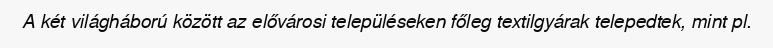
A két világháború között az elővárosi településeken főleg textilgyárak telepedtek, mint pl.